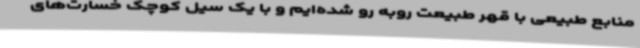
منابع طبیعی با قهر طبیعت روبه رو شده‌ایم و با یک سیل کوچک خسارت‌های